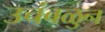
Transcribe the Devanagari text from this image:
उचंबळुन